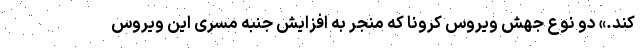
کند.» دو نوع جهش ویروس کرونا که منجر به افزایش جنبه مسری این ویروس